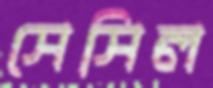
সেসিল